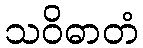
သဝိဓာတံ